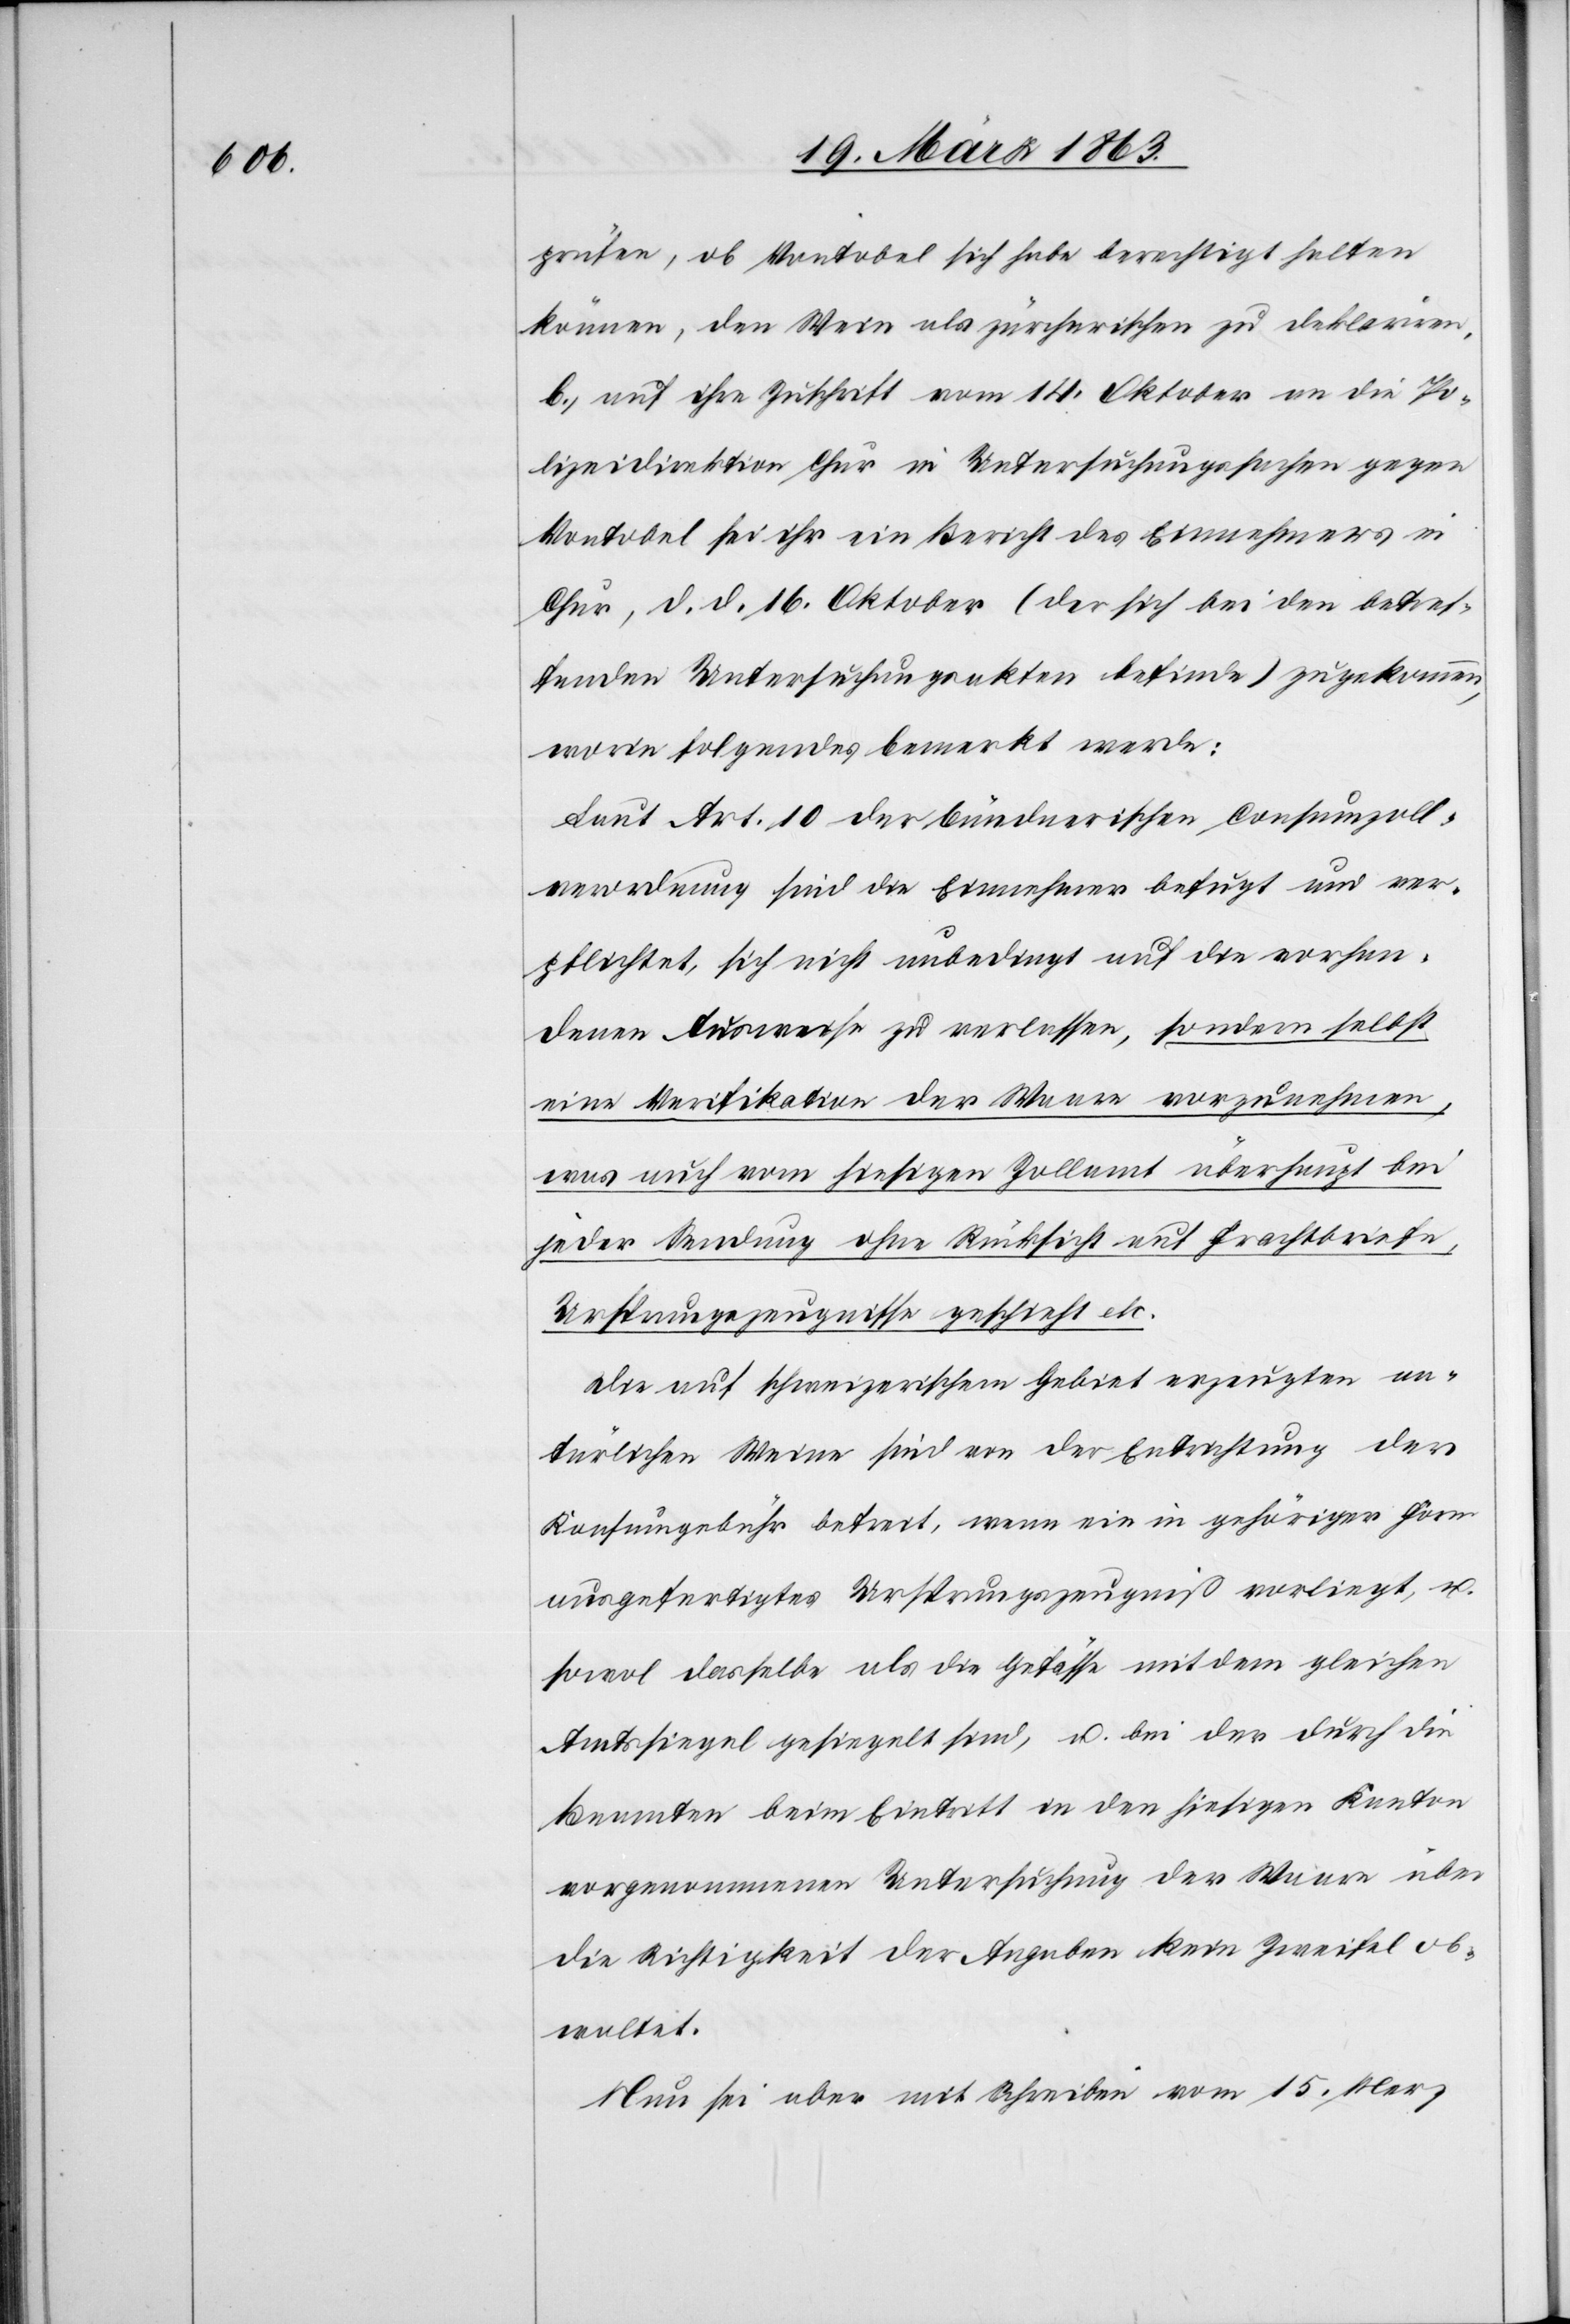
prüfen, ob Vontobel sich habe berechtigt halten
können, den Wein als zürcherischen zu deklariren.
b. auf ihre Zuschrift vom 14. Oktober an die Po¬
lizeidirektion Chur in Untersuchungsgesuchen gegen
Vontobel sei ihr ein Bericht des Einnehmers in
Chur, d. d. 16. Oktober (der sich bei den betref¬
fenden Untersuchungsakten befinde) zugekommen,
worin folgendes bemerkt werde:
Laut Art. 10 der bündnerischen Consumzoll¬
verordnung sind die Einnehmer befugt und ver¬
pflichtet, sich nicht unbedingt auf die vorhan¬
denen Ausweise zu verlassen, sondern selbst
eine Verifikation der Waare vorzunehmen,
was auch vom hiesigen Zollamt überhaupt bei
jeder Sendung ohne Rücksicht auf Frachtbriefe,
Ursprungszeugnisse geschieht etc.
Die auf schweizerischem Gebiet erzeugten na¬
türlichen Weine sind von der Entrichtung der
Konsumgebühr befreit, wenn ein in gehöriger Form
ausgefertigtes Ursprungszeugniß vorliegt, u.
sowol dasselbe als die Gefässe mit dem gleichen
Amtssiegel gesiegelt sind, u. bei der durch die
Beamten beim Eintritt in den hiesigen Kanton
vorgenommenen Untersuchung der Waare über
die Richtigkeit der Angaben kein Zweifel ob¬
waltet.
Nun sei aber mit Schreiben vom 15. Merz